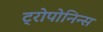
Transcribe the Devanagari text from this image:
ट्रोपोनिन्स